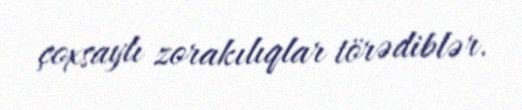
çoxsaylı zorakılıqlar törədiblər.